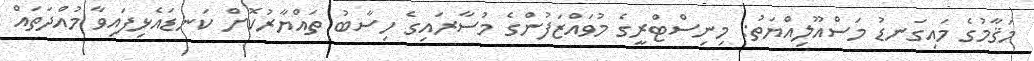
މަޤާމުގެ މައިގަނޑު މަސްއޫލިއްޔަތު: މިނިސްޓްރީގެ މުވައްޒަފުންގެ މުސާރައިގެ ހިސާބު ތައްޔާރުކޮށް ކަނޑައެޅިފައިވާ މުއްދަތައް